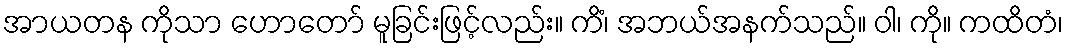
အာယတန ကိုသာ ဟောတော် မူခြင်းဖြင့်လည်း။ ကိံ၊ အဘယ်အနက်သည်။ ဝါ၊ ကို။ ကထိတံ၊